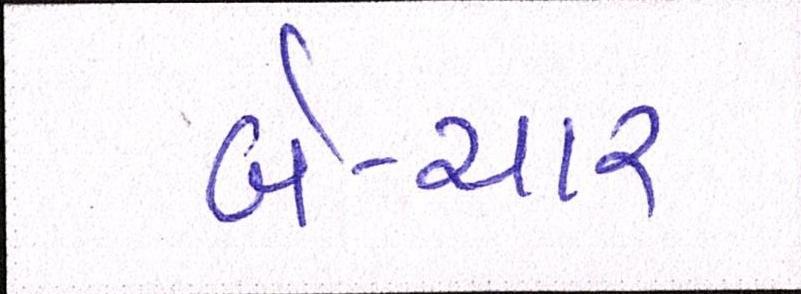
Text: બે-ચાર